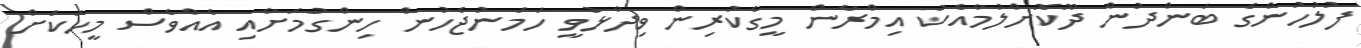
ފުލުހުންގެ ބަންދުން ދޫކޮށްލުމާއެކު އިމްރާން މީގެކުރިން ވިދާޅުވީ ހަމަނުޖެހުން ހިންގުމަށާއި އެއްވެސް މީހަކަށް